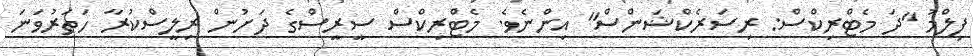
ފިލްމު ''ދަ މެޓްރިކްސް: ރިސަރެކްޝަންސް'' އިންނެވެ. މެޓްރިކްސް ސީރީސްގެ ދަށުން ރިލީސްކުރާ ހަތަރުވަނަ